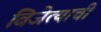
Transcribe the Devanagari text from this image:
विजेत्याची